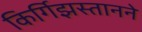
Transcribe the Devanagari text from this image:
किर्गिझस्तानने